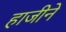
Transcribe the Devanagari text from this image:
हाजीने